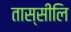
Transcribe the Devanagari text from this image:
तास्सीलि